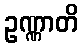
ဥဏ္ဏာတိ